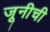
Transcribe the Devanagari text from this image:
जूनीची